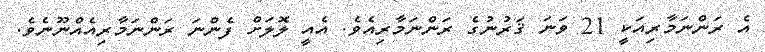
އެ ރަންނަމާރިއަކީ 21 ވަނަ ޤަރުނުގެ ރަންނަމާރިއެވެ. އެއީ ލޮލަށް ފެންނަ ރަންނަމާރިއެއްނޫނެވެ.